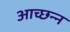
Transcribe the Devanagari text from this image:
आच्छन्‍न